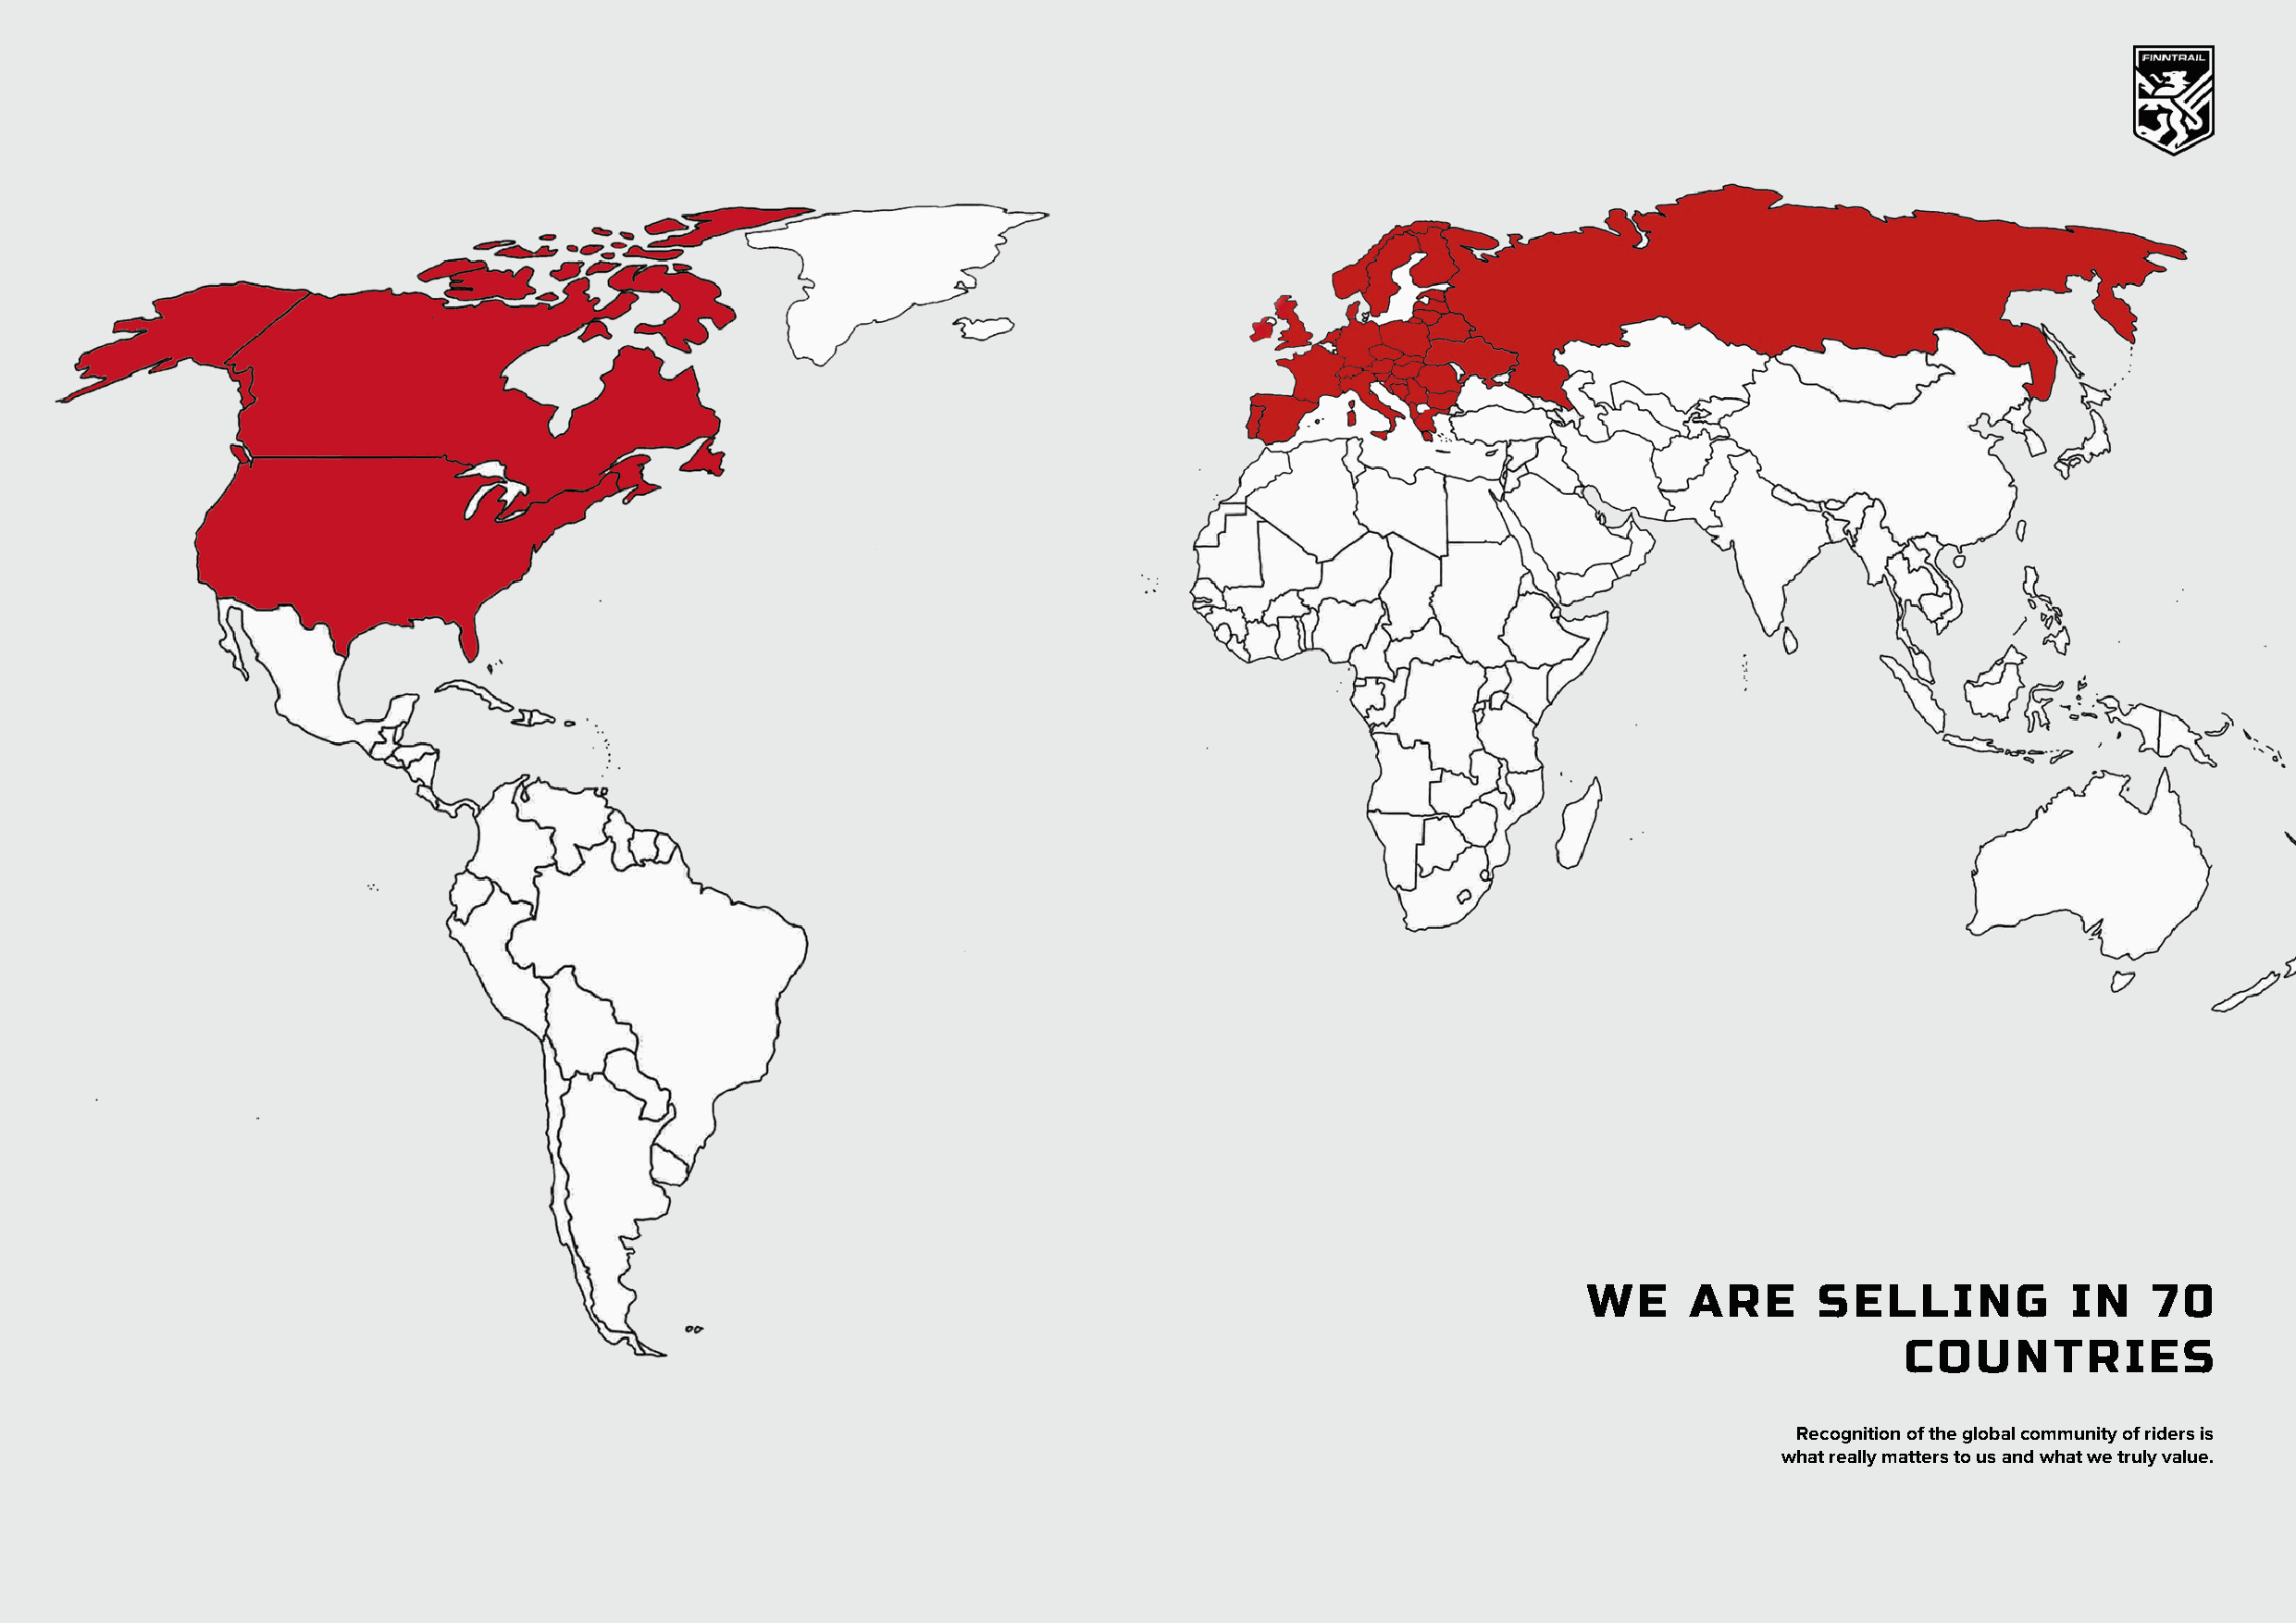
WE     ARE      SELLING           IN    70
 COUNTRIES
 Recognition of the global community of riders is
 what really matters to us and what we truly value.